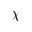
\chi